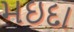
મઇદા